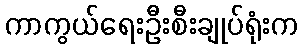
ကာကွယ်ရေးဦးစီးချုပ်ရုံးက